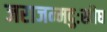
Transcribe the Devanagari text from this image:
जराजन्मदुःखौघ